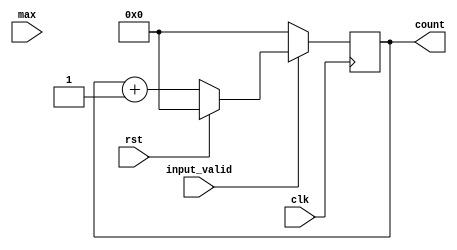
module counter(count,input_valid,clk,max,rst);
output [4:0] count;
input clk,input_valid;
input [4:0]max;
input rst;
reg [4:0] count;

always @(posedge clk)
begin
if(count==max)
count<=0;
if(!input_valid)
count<=0;
else if(rst)
count<=0;
else
count<=count+1;
end
endmodule